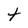
Character: t